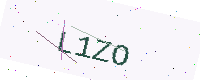
Text: L1ZO